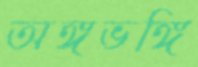
অঙ্গভঙ্গি